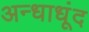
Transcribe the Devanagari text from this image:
अन्धाधूंद